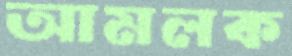
আমলক